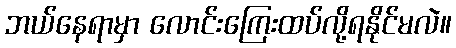
ဘယ်နေရာမှာ လောင်းကြေးထပ်လို့ရနိုင်မလဲ။